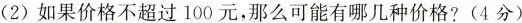
（2）如果价格不超过100元，那么可能有哪几种价格？（4分）